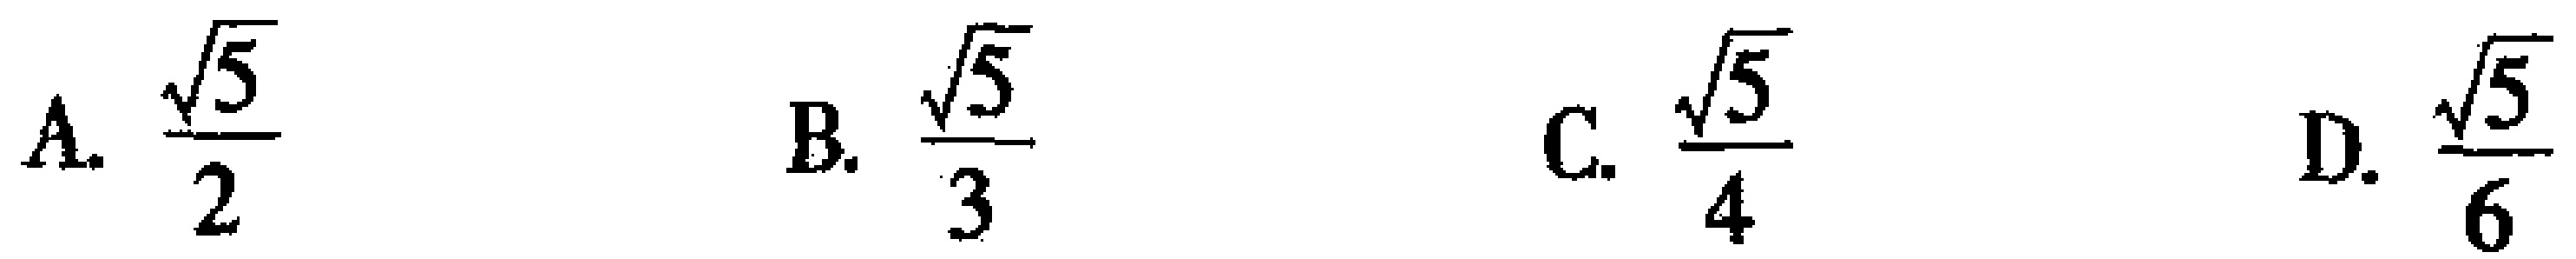
A. $\frac{\sqrt{5}}{2}$  B. $\frac{\sqrt{5}}{3}$  C. $\frac{\sqrt{5}}{4}$  D. $\frac{\sqrt{5}}{6}$